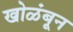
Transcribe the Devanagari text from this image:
खोळंबून